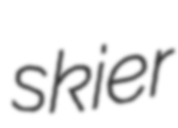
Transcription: skier